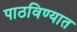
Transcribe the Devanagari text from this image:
पाठविण्‍यात